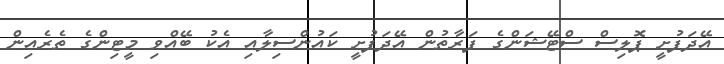
އޭދަފުށީ ޕޮލިސް ސްޓޭޝަންގެ ފަރާތުން އޭދަފުށީ ކައުންސިލާއި އެކު ބޭއްވި މީޓިންގެ ތެރެއިން